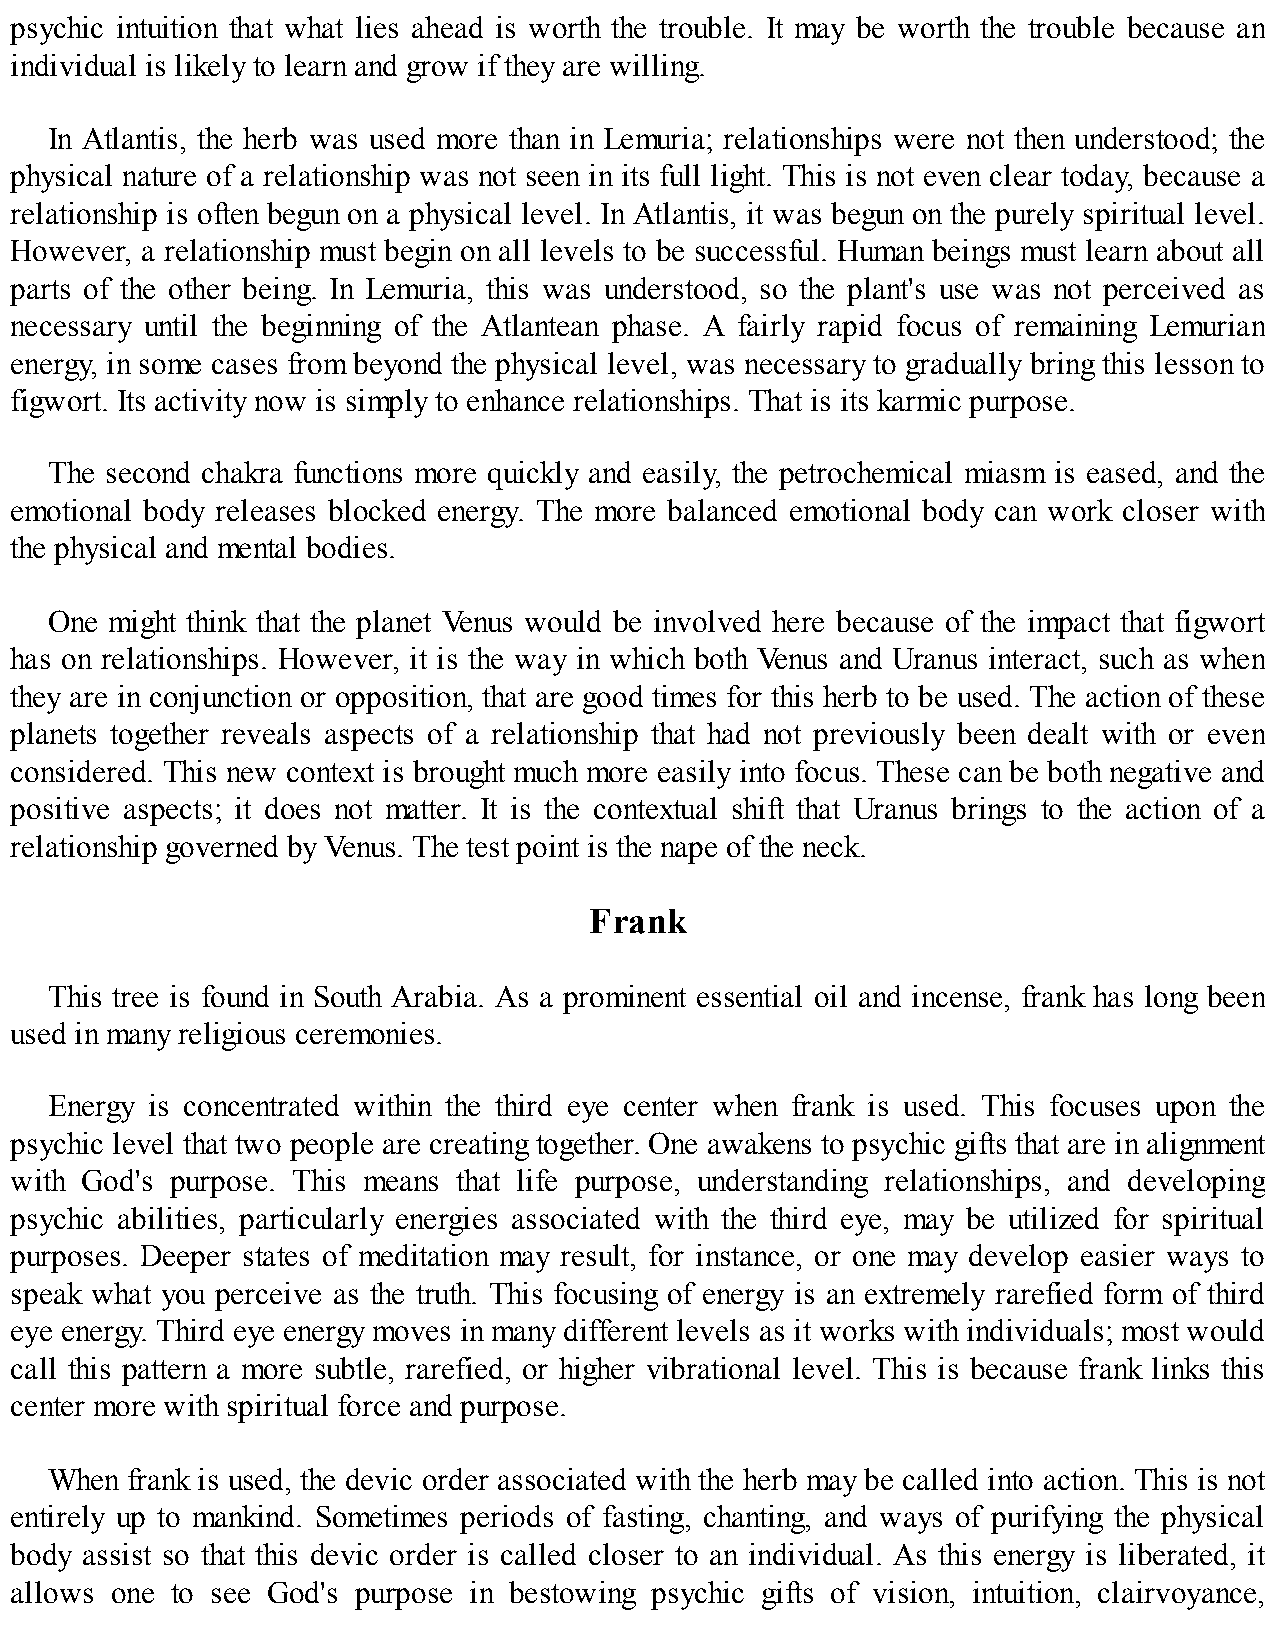
psychic intuition that what lies ahead is worth the trouble. It may be worth the trouble because an
 individual is likely to learn and grow if they are willing.
 In Atlantis, the herb was used more than in Lemuria; relationships were not then understood; the
 physical nature of a relationship was not seen in its full light. This is not even clear today, because a
 relationship is often begun on a physical level. In Atlantis, it was begun on the purely spiritual level.
 However, a relationship must begin on all levels to be successful. Human beings must learn about all
 parts of the other being. In Lemuria, this was understood, so the plant's use was not perceived as
 necessary until the beginning of the Atlantean phase. A fairly rapid focus of remaining Lemurian
 energy, in some cases from beyond the physical level, was necessary to gradually bring this lesson to
 figwort. Its activity now is simply to enhance relationships. That is its karmic purpose.
 The second chakra functions more quickly and easily, the petrochemical miasm is eased, and the
 emotional body releases blocked energy. The more balanced emotional body can work closer with
 the physical and mental bodies.
 One might think that the planet Venus would be involved here because of the impact that figwort
 has on relationships. However, it is the way in which both Venus and Uranus interact, such as when
 they are in conjunction or opposition, that are good times for this herb to be used. The action of these
 planets together reveals aspects of a relationship that had not previously been dealt with or even
 considered. This new context is brought much more easily into focus. These can be both negative and
 positive aspects; it does not matter. It is the contextual shift that Uranus brings to the action of a
 relationship governed by Venus. The test point is the nape of the neck.
 Frank
 This tree is found in South Arabia. As a prominent essential oil and incense, frank has long been
 used in many religious ceremonies.
 Energy is concentrated within the third eye center when frank is used. This focuses upon the
 psychic level that two people are creating together. One awakens to psychic gifts that are in alignment
 with God's purpose. This means that life purpose, understanding relationships, and developing
 psychic abilities, particularly energies associated with the third eye, may be utilized for spiritual
 purposes. Deeper states of meditation may result, for instance, or one may develop easier ways to
 speak what you perceive as the truth. This focusing of energy is an extremely rarefied form of third
 eye energy. Third eye energy moves in many different levels as it works with individuals; most would
 call this pattern a more subtle, rarefied, or higher vibrational level. This is because frank links this
 center more with spiritual force and purpose.
 When frank is used, the devic order associated with the herb may be called into action. This is not
 entirely up to mankind. Sometimes periods of fasting, chanting, and ways of purifying the physical
 body assist so that this devic order is called closer to an individual. As this energy is liberated, it
 allows one to see God's purpose in bestowing psychic gifts of vision, intuition, clairvoyance,